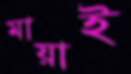
মায়াই